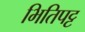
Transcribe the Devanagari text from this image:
भितिपट्ट